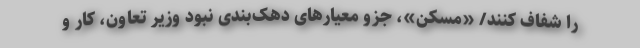
را شفاف کنند/ «مسکن»، جزو معیارهای دهک‌بندی نبود وزیر تعاون، کار و